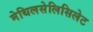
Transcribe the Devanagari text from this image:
मेथिलसेलिसिलेट